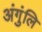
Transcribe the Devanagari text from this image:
अंगुंलि